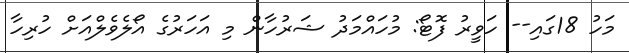
މަހު 18ގައި-- ހަވީރު ފޮޓޯ: މުހައްމަދު ޝަރުހާން މި އަހަރުގެ އޯލެވެލްއަށް ހުރިހާ